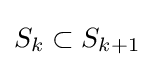
S_{k}\subset S_{k+1}